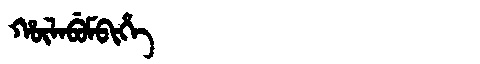
Manchu: ᡥᡡᠯᠠᠪᡠᠮᠪᡳᡥᡝ
Romanization: HŪLABUMBIHE